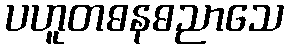
ပဟူတဓနဓညာသေ